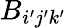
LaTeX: B_{i^{\prime}j^{\prime}k^{\prime}}